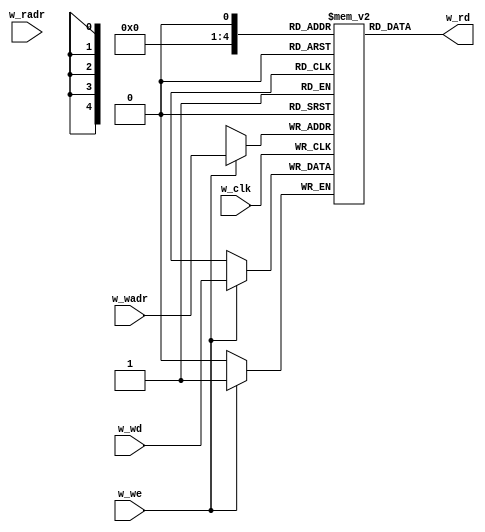
module m_pht(w_clk, w_radr, w_rd, w_wadr, w_we, w_wd);
  input  wire w_clk, w_we;
  input  wire [4:0] w_wadr, w_radr;
  input  wire w_wd;
  output wire w_rd;
  reg [0:0] mem [0:31];
  assign w_rd = mem[w_rdar];
  always @(posedge w_clk) if (w_we) mem[w_wadr] <= w_wd;
  integer i; initial for (i=0; i<32; i=i+1) mem[i] = 0;
endmodule